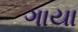
ગાયા